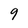
Character: 9